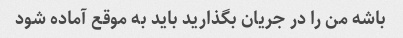
باشه من را در جریان بگذارید باید به موقع آماده شود